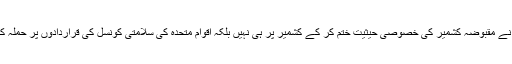
مودی نے مقبوضہ کشمیر کی خصوصی حیثیت ختم کر کے کشمیر پر ہی نہیں بلکہ اقوام متحدہ کی سلامتی کونسل کی قراردادوں پر حملہ کیا ہے۔